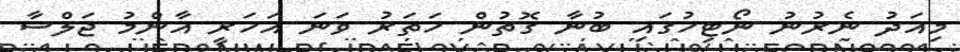
މިއަދު ނެރުނު ނޯޓިހުގައި ބުނާ ގޮތުން ހަތަރު ވަނަ އަހަރީ އާންމު ޖަލްސާ